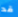
قد